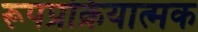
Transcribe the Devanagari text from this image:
रूपप्रक्रियात्मक